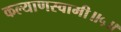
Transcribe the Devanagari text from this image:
कल्याणस्वामी॥५॥